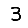
Digit: 3